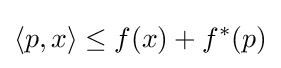
\left\langle p,x\right\rangle \leq f(x)+f^{*}(p)